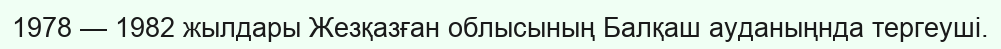
1978 — 1982 жылдары Жезқазған облысының Балқаш ауданыңнда тергеуші.